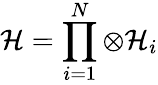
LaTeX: {\cal{H}}=\prod_{i=1}^{N}\otimes{\cal{H}}_{i}